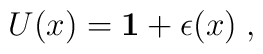
U(x)={\bf 1} + \epsilon (x)\;,